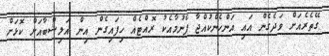
ގޭތެރެއަށް ވަދެގެން އައި އަންހެންކުއްޖާ ފެނުމާއެކު ރޮއްޓެއް ހިފައިގެން އިން އަލިޝްބާއަށް ކޮޅަށް